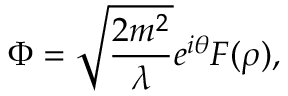
\Phi = \sqrt { \frac { 2 m ^ { 2 } } { \lambda } } e ^ { i \theta } F ( \rho ) ,